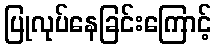
ပြုလုပ်နေခြင်းကြောင့်